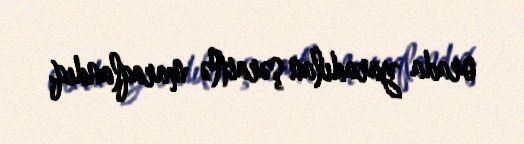
orada yaradılan şəraitlə maraqlandıq.